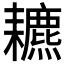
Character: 𦔩